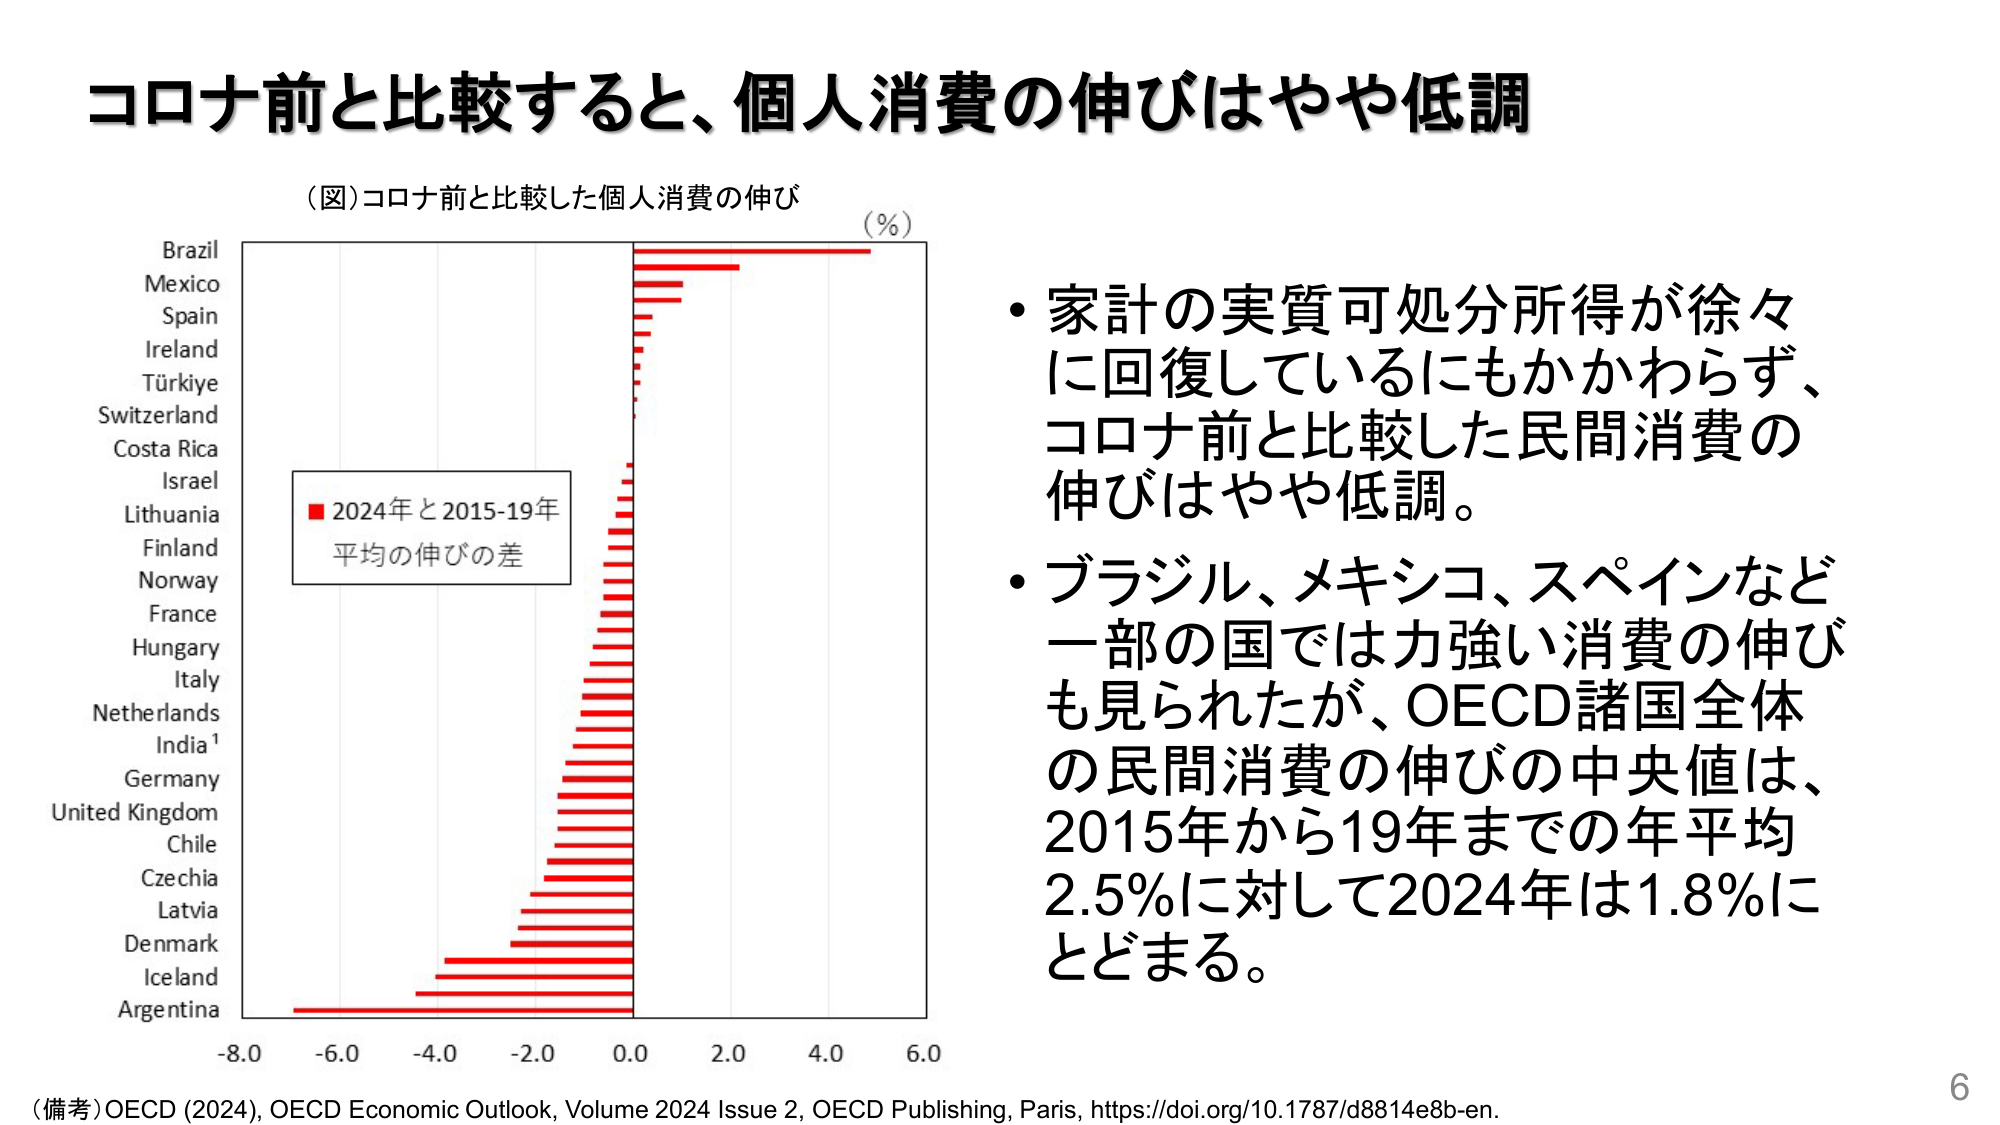
コロナ前と比較すると、個人消費の伸びはやや低調

（図）コロナ前と比較した個人消費の伸び

Brazil
Mexico
Spain
Ireland
Türkiye
Switzerland
Costa Rica
Israel
Lithuania
Finland
Norway
France
Hungary
Italy
Netherlands
India¹
Germany
United Kingdom
Chile
Czechia
Latvia
Denmark
Iceland
Argentina

（％）

■ 2024年と2015-19年
平均の伸びの差

-8.0 -6.0 -4.0 -2.0 0.0 2.0 4.0 6.0

・家計の実質可処分所得が徐々に回復しているにもかかわらず、コロナ前と比較した民間消費の伸びはやや低調。

・ブラジル、メキシコ、スペインなど一部の国では力強い消費の伸びも見られたが、OECD諸国全体の民間消費の伸びの中央値は、2015年から19年までの年平均2.5％に対して2024年は1.8％にとどまる。

（備考）OECD (2024), OECD Economic Outlook, Volume 2024 Issue 2, OECD Publishing, Paris, https://doi.org/10.1787/d8814e8b-en.

6